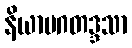
နိယာမဂတဒ္ဒသာ